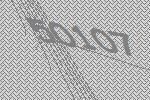
50107